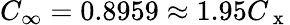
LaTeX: C_{\infty}=0.8959\approx 1.95C_{\mathrm{~x~}}